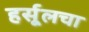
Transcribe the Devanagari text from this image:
हर्सूलचा